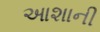
આશાની